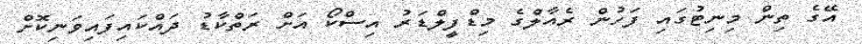
އޭގެ ތިން މިނިޓުގައި ފަހުން ރެއާލްގެ މިޑްފީލްޑަރު އިސްކޯ އަށް ރަތްކާޑު ދައްކައިފައިވަނިކޮށް